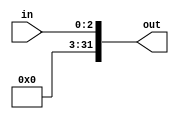
module SignExtension3(
		input [2:0] in, 
		output [31:0] out
		);	


/*
	always@(in) begin

		case(in)
		
		3'b001: begin
			assign output = 32'b00000000000000000000000000000001;
		end
		
		
		
		endcase
		
	end
	
	*/
	assign out = {{29{0}}, in[2:0]};
	
endmodule